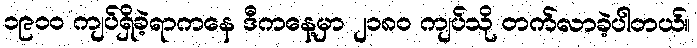
၁၉၀၀ ကျပ်ရှိခဲ့ရာကနေ ဒီကနေ့မှာ ၂၁၈၀ ကျပ်သို တက်လာခဲ့ပါတယ်။